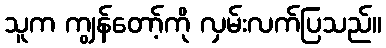
သူက ကျွန်တော့်ကို လှမ်းလက်ပြသည်။